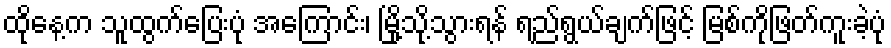
ထိုနေ့က သူထွက်ပြေးပုံ အကြောင်း၊ မြို့သို့သွားရန် ရည်ရွယ်ချက်ဖြင့် မြစ်ကိုဖြတ်ကူးခဲ့ပုံ